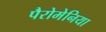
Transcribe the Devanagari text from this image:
पैरोमेनिया